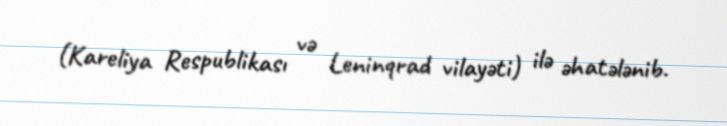
(Kareliya Respublikası və Leninqrad vilayəti) ilə əhatələnib.